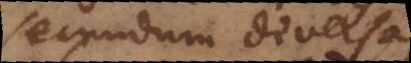
secundum diversas